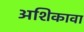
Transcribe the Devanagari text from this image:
अशिकावा